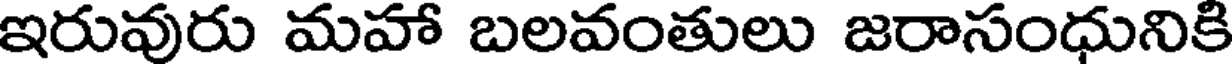
ఇరువురు మహా బలవంతులు జరాసంధునికి